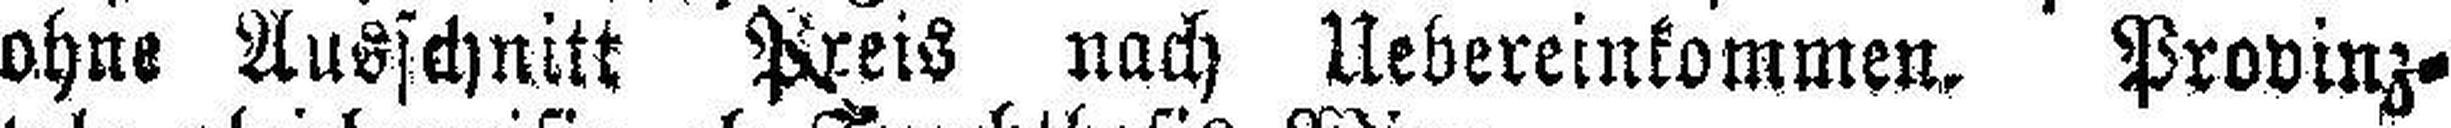
ohne Ausschnitt Preis nach Uebereinkommen. Provinz¬